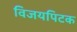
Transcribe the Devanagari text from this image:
विजयपिटक